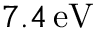
7 . 4 \, \mathrm { e V }